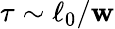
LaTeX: \tau\sim\ell_{0}/\mathbf{w}